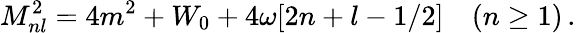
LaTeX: M_{nl}^{2}=4m^{2}+W_{0}+4\omega[2n+l-1/2]\ ~~\ (n\geq 1)\, .